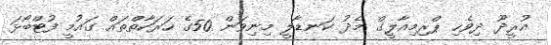
އުރީދޫ ދިވެހި ޕްރިމިއާލީގް މެދު ކަނޑާލީ މިނިވަން 50ގެ ހަރަކާތްތައް ގައުމީ ފުޓްބޯޅަ